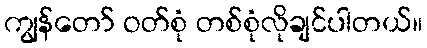
ကျွန်တော် ဝတ်စုံ တစ်စုံလိုချင်ပါတယ်။